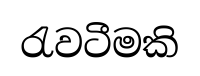
රැවටීමකි